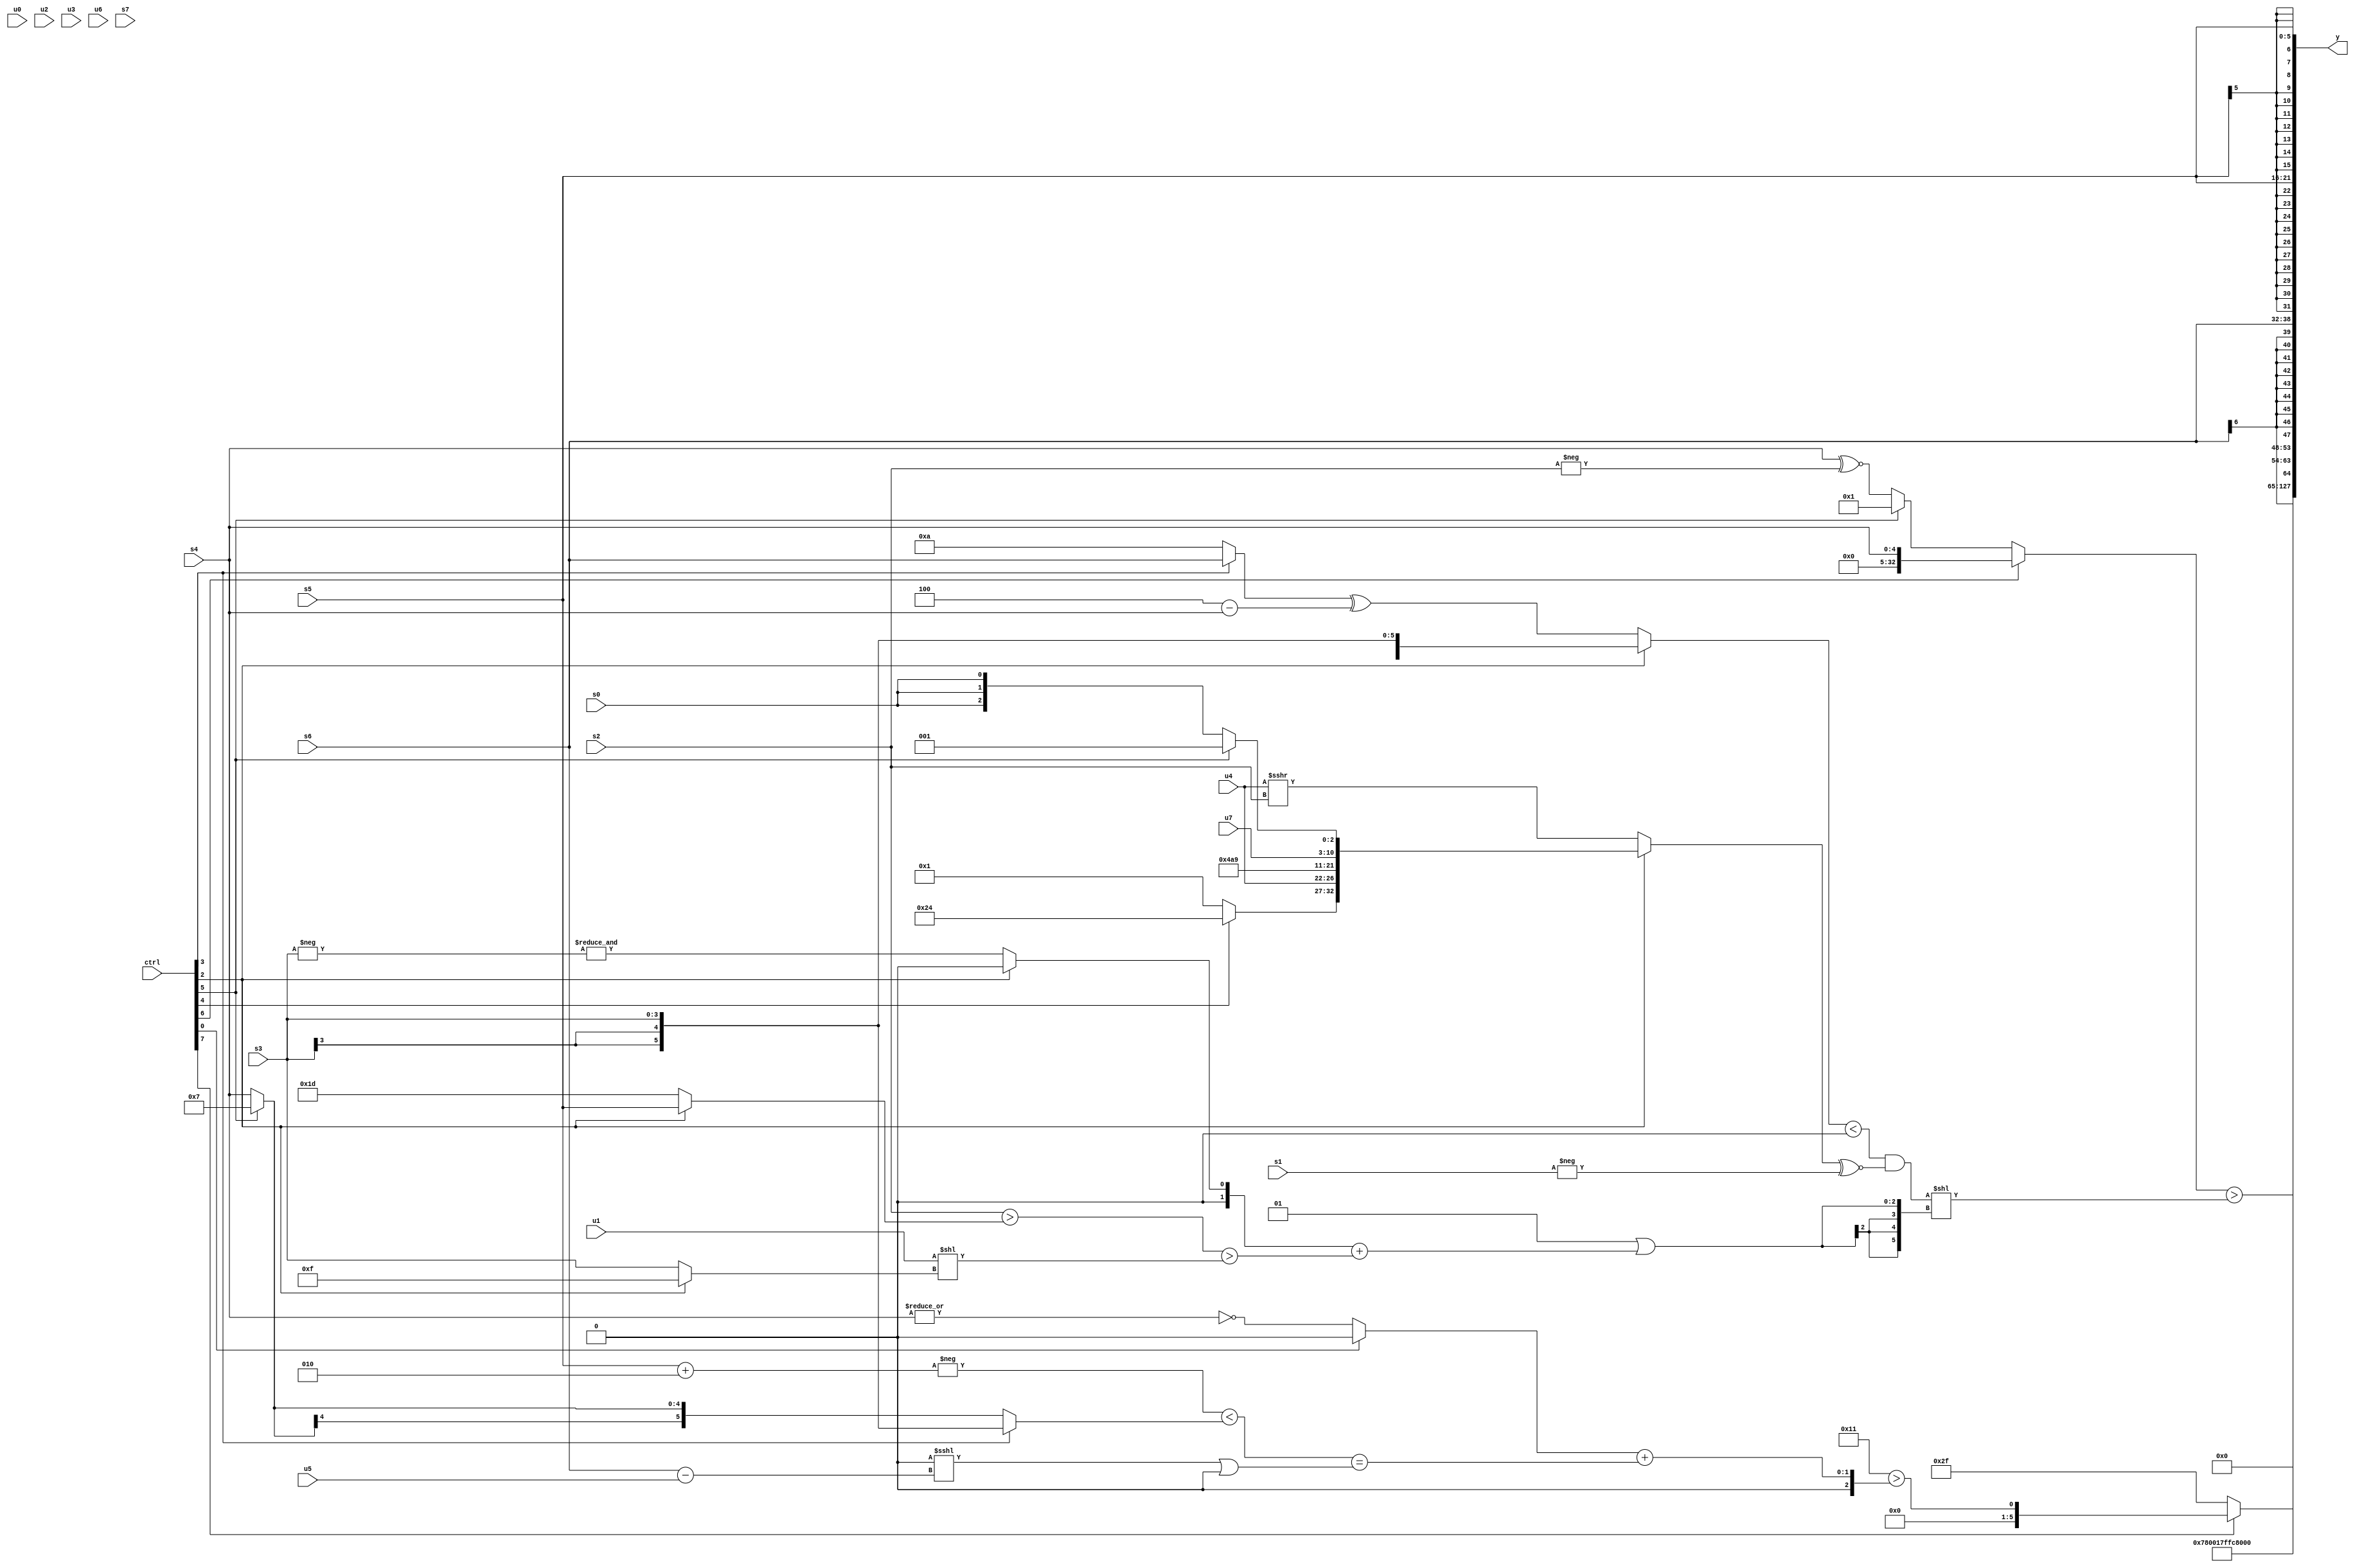
module wideexpr_00166(ctrl, u0, u1, u2, u3, u4, u5, u6, u7, s0, s1, s2, s3, s4, s5, s6, s7, y);
  input [7:0] ctrl;
  input [0:0] u0;
  input [1:0] u1;
  input [2:0] u2;
  input [3:0] u3;
  input [4:0] u4;
  input [5:0] u5;
  input [6:0] u6;
  input [7:0] u7;
  input signed [0:0] s0;
  input signed [1:0] s1;
  input signed [2:0] s2;
  input signed [3:0] s3;
  input signed [4:0] s4;
  input signed [5:0] s5;
  input signed [6:0] s6;
  input signed [7:0] s7;
  output [127:0] y;
  wire [15:0] y0;
  wire [15:0] y1;
  wire [15:0] y2;
  wire [15:0] y3;
  wire [15:0] y4;
  wire [15:0] y5;
  wire [15:0] y6;
  wire [15:0] y7;
  assign y = {y0,y1,y2,y3,y4,y5,y6,y7};
  assign y0 = {1{6'sb001111}};
  assign y1 = 5'sb00010;
  assign y2 = 5'sb11001;
  assign y3 = ((ctrl[6]?s4:(ctrl[5]?1'sb1:((s4)>>($signed((4'b0101)&($unsigned($signed(2'b10))))))^~(-(s2)))))>(((+(((ctrl[2]?s3:$signed(((ctrl[3]?s6:5'sb01010))^((3'sb100)-(s4)))))<(+($signed(((s1)<<(s7))>>({5'sb00110}))))))&((+({(ctrl[2]?{(ctrl[4]?6'b100100:1'sb1),{u4,6'sb100101,5'b01001},+(u7),(ctrl[5]?3'sb001:s0)}:(ctrl[2]?5'b01110:(u4)>>>(s2)))}))^~(-({s1}))))<<((2'sb01)|($signed(($signed((ctrl[2]?({1{2'sb10}})&(6'b011100):&(-(s3)))))+($signed((($signed(s2))>((ctrl[2]?s5:5'b11101)))>(({1{u1}})<<((ctrl[2]?1'sb1:s3)))))))));
  assign y4 = (ctrl[7]?($signed(5'sb10001))>($signed(({1{(ctrl[0]?(3'b001)>>>({4{2'b10}}):~|(s4))}})+(((-((s5)+(3'sb010)))<((ctrl[3]?s3:(ctrl[5]?5'sb00111:s4))))==(((2'b00)<<<((s6)-(u5)))|(({2{2'sb01}})<<(3'sb111)))))):$signed(6'sb101111));
  assign y5 = s6;
  assign y6 = s5;
  assign y7 = s5;
endmodule